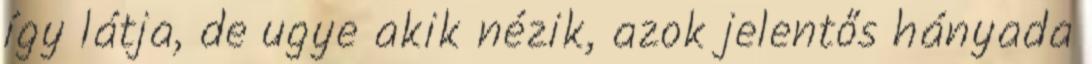
így látja, de ugye akik nézik, azok jelentős hányada